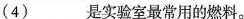
(4)___是实验室最常用的燃料。